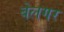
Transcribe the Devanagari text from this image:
बेलगर